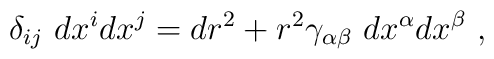
\delta_{ij}~dx^i dx^j=dr^2+r^2\gamma_{\alpha\beta}~dx^\alpha dx^\beta~,